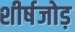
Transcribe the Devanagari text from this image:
शीर्षजोड़